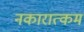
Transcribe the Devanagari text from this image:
नकारात्‍कम